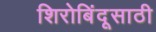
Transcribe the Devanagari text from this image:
शिरोबिंदूसाठी